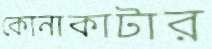
কোনাকাটার